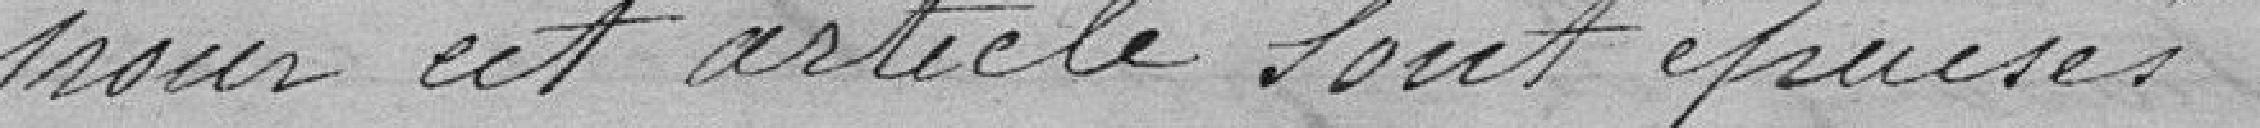
pour cet article sont épuisés